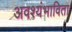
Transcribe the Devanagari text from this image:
अवश्यंभाविता